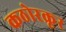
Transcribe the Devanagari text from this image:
कठोरक्रूर